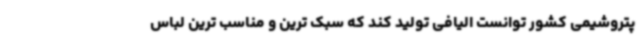
پتروشیمی کشور توانست الیافی تولید کند که سبک ‌ترین و مناسب ترین لباس‌